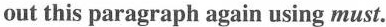
out this paragraph again using must.